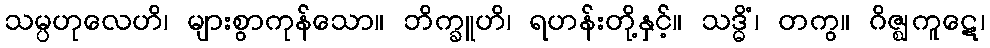
သမ္ပဟုလေဟိ၊ များစွာကုန်သော။ ဘိက္ခူဟိ၊ ရဟန်းတို့နှင့်။ သဒ္ဓိံ၊ တကွ။ ဂိဇ္ဈကူဋေ၊